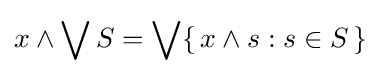
x\wedge \bigvee S=\bigvee \{\,x\wedge s:s\in S\,\}